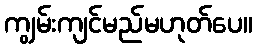
ကျွမ်းကျင်မည်မဟုတ်ပေ။